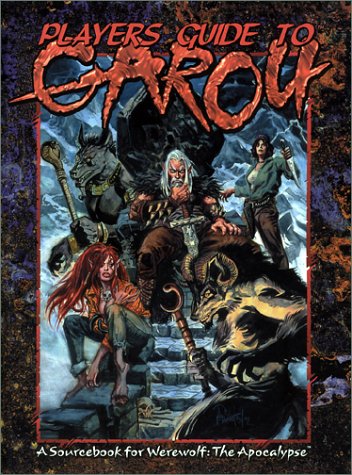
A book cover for Players Guide to the Garou (Werewolf the Apocalypse); Bjorn T. Boe; Science Fiction & Fantasy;